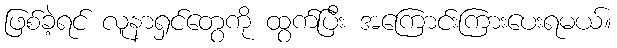
ဖြစ်ခဲ့ရင် လူနာရှင်တွေကို ထွက်ပြီး အကြောင်းကြားပေးရမယ်။